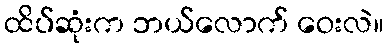
ထိပ်ဆုံးက ဘယ်လောက် ဝေးလဲ။